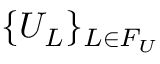
\{ U _ { L } \} _ { L \in F _ { U } }